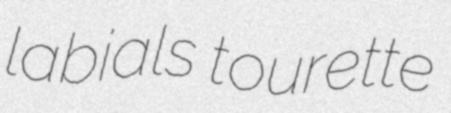
labials tourette